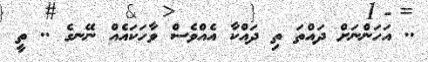
.. އަހަންނަށް ދައްތަ ތި ދައްކާ އެއްވެސް ވާހަކައެއް ނޭނގެ .. ތީ